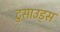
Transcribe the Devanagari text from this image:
टुसाउड्स